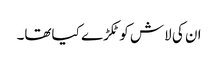
ان کی لاش کو ٹکڑے کیاتھا۔